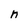
Character: n